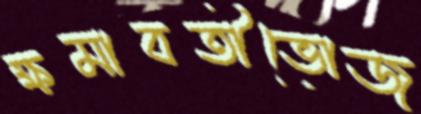
ক্ষমাবতীভোজ